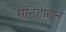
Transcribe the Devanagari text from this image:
मनिहारान